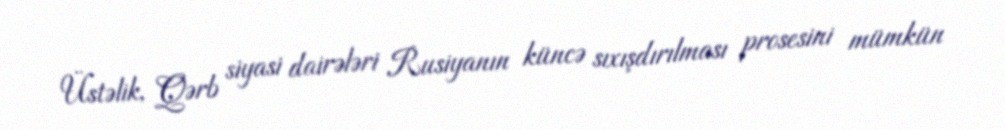
Üstəlik, Qərb siyasi dairələri Rusiyanın küncə sıxışdırılması prosesini mümkün